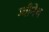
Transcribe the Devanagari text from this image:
ग्वीनेथ